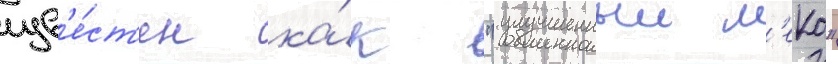
изв'е́ст'ен ка́к "улучшенныи м'еко"